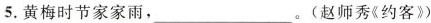
5.黄梅时节家家雨，___。(赵师秀《约客》)